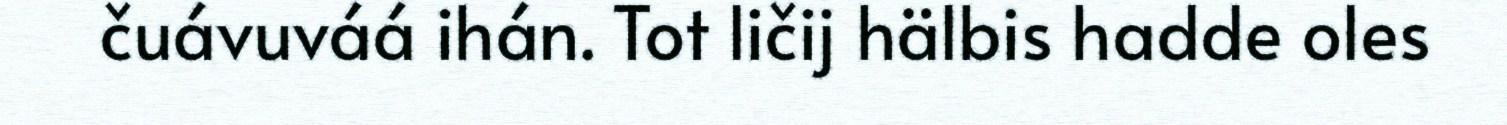
čuávuváá ihán. Tot ličij hälbis hadde oles